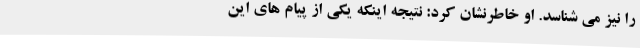
را نیز می شناسد. او خاطرنشان کرد: نتیجه اینکه یکی از پیام های این